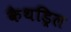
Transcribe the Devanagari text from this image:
कैथड्रिल